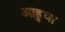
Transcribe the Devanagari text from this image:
आहुवा